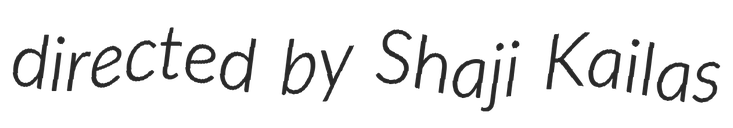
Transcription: directed by Shaji Kailas